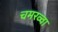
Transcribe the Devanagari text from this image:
चमरव्‍वा